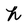
Character: h